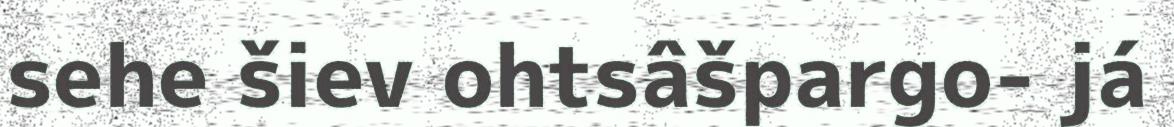
sehe šiev ohtsâšpargo- já